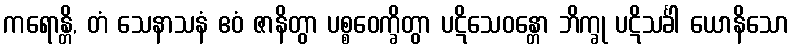
ကရောန္တိ, တံ သေနာသနံ ဧဝံ ဇာနိတွာ ပစ္စဝေက္ခိတွာ ပဋိသေဝန္တော ဘိက္ခု ပဋိသင်္ခါ ယောနိသော